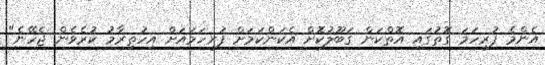
އެންމެ ފުރިހަމަ ގޮތުގައި އޮތްކަން ގަބޫލުކޮށް އެކަންކަމަށް ފުރިހަމައަށް އިހުތިރާމު ކުރެވެން ޖެހޭނެ"